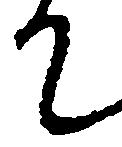
て